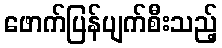
ဖောက်ပြန်ပျက်စီးသည့်